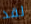
لقد